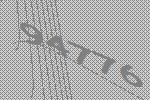
94776